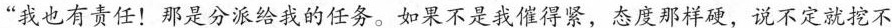
“我也有责任！那是分派给我的任务。如果不是我催得紧，态度那样硬，说不定就挖不